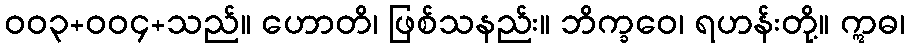
ဝဝ၃+ဝဝ၄+သည်။ ဟောတိ၊ ဖြစ်သနည်း။ ဘိက္ခဝေ၊ ရဟန်းတို့။ ဣဓ၊